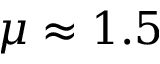
\mu \approx 1 . 5